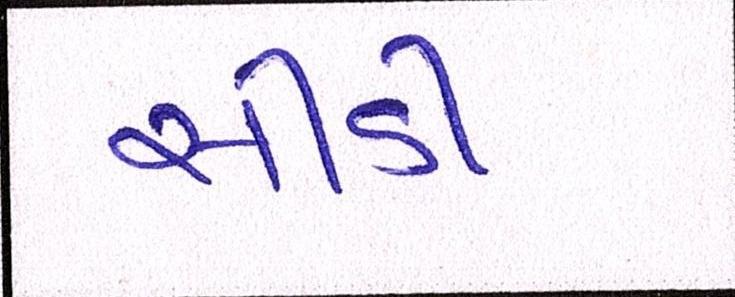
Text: સીડી